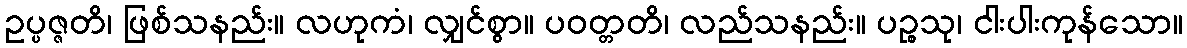
ဥပ္ပဇ္ဇတိ၊ ဖြစ်သနည်း။ လဟုကံ၊ လျှင်စွာ။ ပဝတ္တတိ၊ လည်သနည်း။ ပဉ္စသု၊ ငါးပါးကုန်သော။